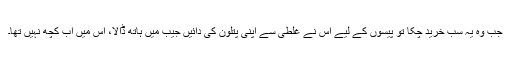
جب وہ یہ سب خرید چکا تو پیسوں کے لیے اس نے غلطی سے اپنی پتلون کی دائیں جیب میں ہاتھ ڈالا، اس میں اب کچھ نہیں تھا۔